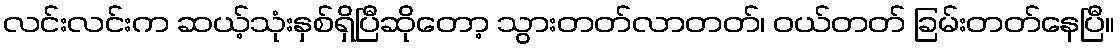
လင်းလင်းက ဆယ့်သုံးနှစ်ရှိပြီဆိုတော့ သွားတတ်လာတတ်၊ ဝယ်တတ် ခြမ်းတတ်နေပြီ။